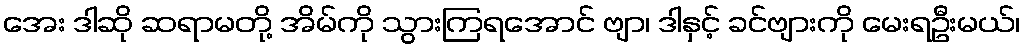
အေး ဒါဆို ဆရာမတို့ အိမ်ကို သွားကြရအောင် ဗျာ၊ ဒါနှင့် ခင်ဗျားကို မေးရဦးမယ်၊